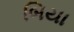
બિયા